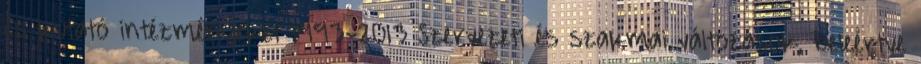
és kutató intézményeket 1993-2013 Szervezeti és szakmai változások, beleértve